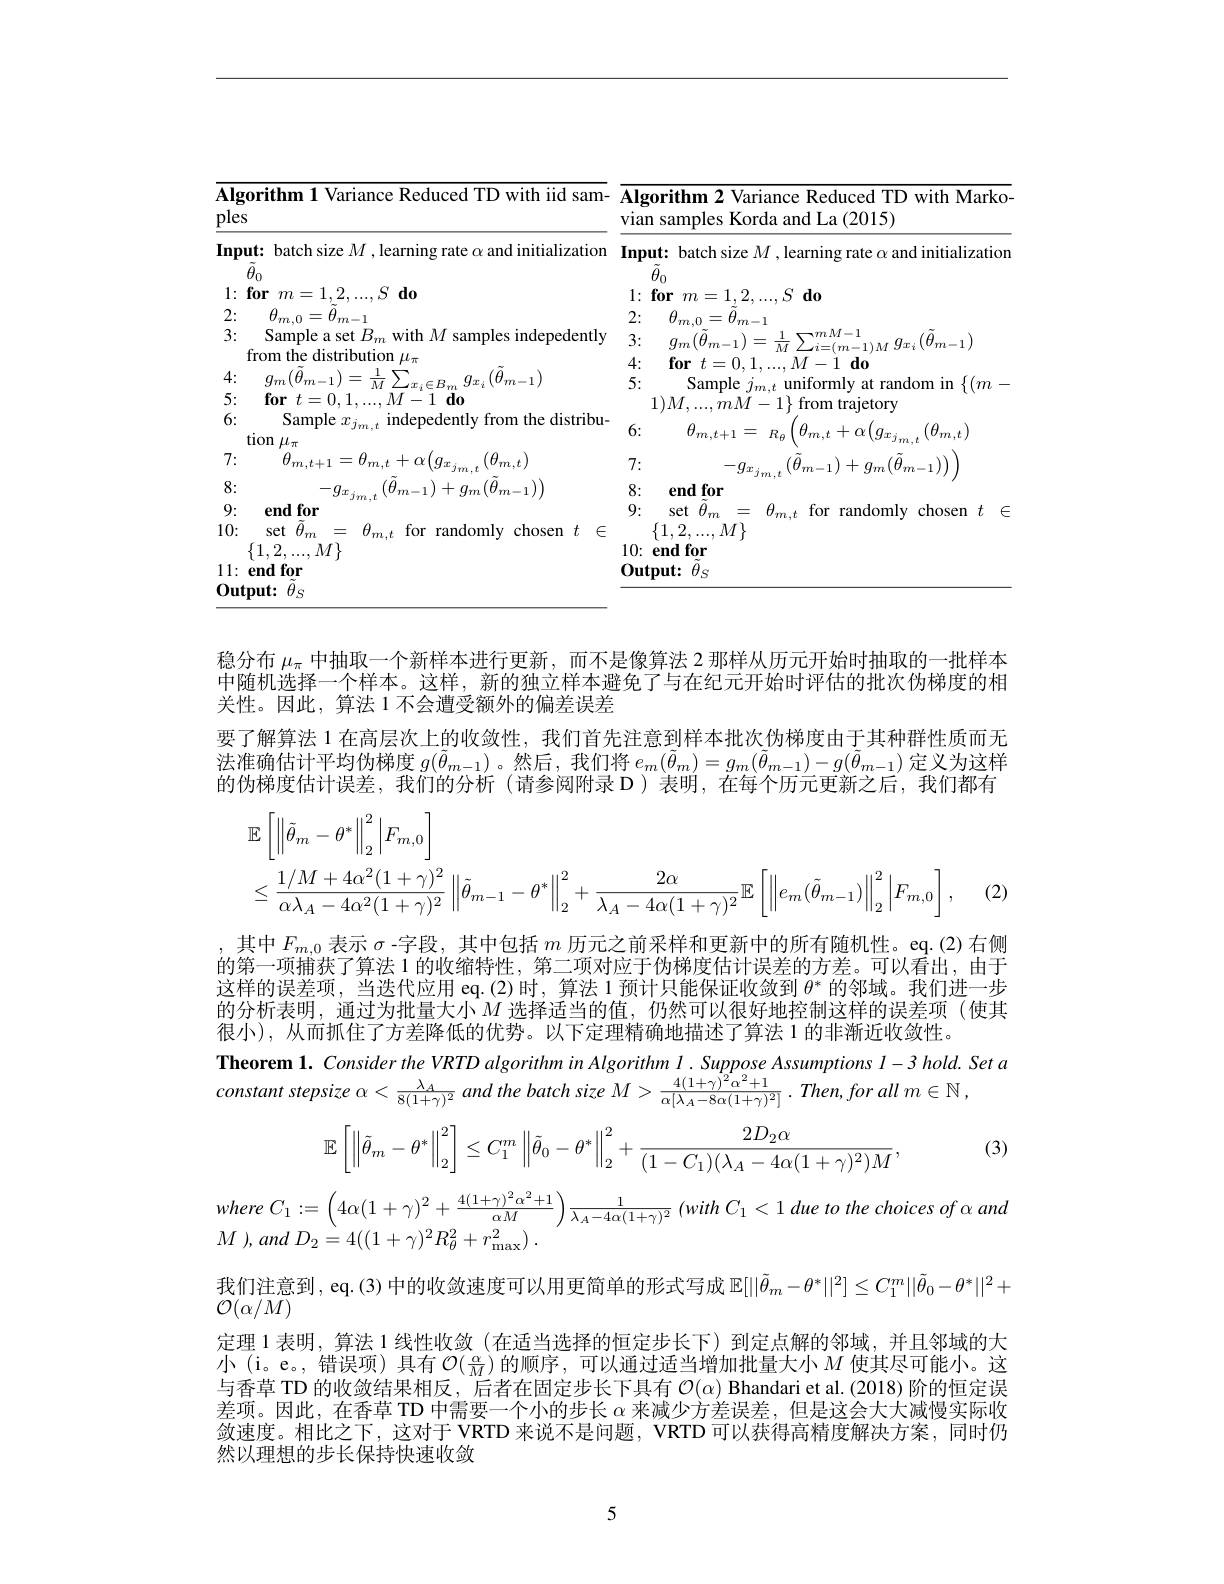
<table>
	<tbody>
		<tr>
			<th>Algorithm 1 Variance Reduced TD with iid sam- ples</th>
			<th>Algorithm 2 Variance Reduced TD with Marko vian samples Korda and La (2015)</th>
		</tr>
		<tr>
			<td>6: Sample $x_{jm,t}$ indepedently from the distribu-</td>
			<td>6: $\theta_{m,t+1}$ = $R_{f}$ $n,t+\alpha(g_{x_{i}}$ $(\theta_{m,t})$</td>
		</tr>
		<tr>
			<td>7: $^{\prime}\theta_{m,t+1}=\theta_{m,t}+\alpha(g_{x_{j_{m,t}}}(\theta_{m,t})$</td>
			<td>7: $-g_{x_{jm}}$ $(\tilde{\theta}_{m-1})+g_{m}(\tilde{\theta}_{m-1}))$</td>
		</tr>
		<tr>
			<td>8: $-g_{x_{jm,t}}$ $_{t}\left(\tilde{\theta}_{m-1}\right)+g_{m}\left(\tilde{\theta}_{m-1}\right)\biggr)$ 9: end for 10: set $\tilde{\theta}_m$ = $\theta_{m,t}$ for randomly chosen $t\in$ $\{1,2,...,M\}$ $11: \textbf{endfor}$</td>
			<td>$\varepsilon_{jm,t}^{(\nu m-1)}$ 8: end for 9: set $\tilde{\theta}_m$ $\theta_{m,t}$ for randomly chosen $t\in$ = $\therefore f$ $\frac{7}{1}$ $\{1,2,...,M\}$ $10: \textbf{endfor}$ $0utput:\tilde{\theta}_{S}$</td>
		</tr>
	</tbody>
</table>

稳分布$\mu_\mathrm{\pi}$中抽取一个新样本进行更新，而不是像算法 2 那样从历元开始时抽取的一批样本中随机选择一个样本。这样，新的独立样本避免了与在纪元开始时评估的批次伪梯度的相关性。因此，算法 1 不会遭受额外的偏差误差
要了解算法 1 在高层次上的收敛性，我们首先注意到样本批次伪梯度由于其种群性质而无法准确估计平均伪梯度$g(\tilde{\theta}_{m-1})$。然后，我们将$e_m(\tilde{\theta}_m)=g_m(\tilde{\theta}_{m-1})-g(\tilde{\theta}_{m-1})$定义为这样的伪梯度估计误差，我们的分析(请参阅附录 D)表明，在每个历元更新之后，我们都有
$$\begin{aligned}&\mathbb{E}\left[\left\|\tilde{\theta}_{m}-\theta^{*}\right\|_{2}^{2}\left|F_{m,0}\right]\right]\\&\leq\frac{1/M+4\alpha^{2}(1+\gamma)^{2}}{\alpha\lambda_{A}-4\alpha^{2}(1+\gamma)^{2}}\left\|\tilde{\theta}_{m-1}-\theta^{*}\right\|_{2}^{2}+\frac{2\alpha}{\lambda_{A}-4\alpha(1+\gamma)^{2}}\mathbb{E}\left[\left\|e_{m}(\tilde{\theta}_{m-1})\right\|_{2}^{2}\left|F_{m,0}\right|\right],\end{aligned}$$
(2)

其中$F_{m,0}$表示 $\sigma$ -字段，其中包括 $m$ 历元之前采样和更新中的所有随机性。eq.(2)右侧的第一项捕获了算法 1 的收缩特性，第二项对应于伪梯度估计误差的方差。可以看出，由于这样的误差项，当迭代应用 eq.(2)时，算法 1 预计只能保证收敛到$\theta^*$的邻域。我们进一步的分析表明，通过为批量大小$^{-}M$ 选择适当的值，仍然可以很好地控制这样的误差项(使其很小),从而抓住了方差降低的优势。以下定理精确地描述了算法 1 的非渐近收敛性。
Theorem 1. Consider the VRTD algorithm in Algorithm I. Suppose Assumptions $I-3$ hold. Set a
constant stepsize $\alpha < \frac {\lambda _{A}}{8( 1+ \gamma ) ^{2}}$ and the batch size $M> \frac {4( 1+ \gamma ) ^{2}\alpha ^{2}+ 1}{\alpha ( \lambda _{A}- 8\alpha ( 1+ \gamma ) ^{2}] }$ . $Then, for$ all $m\in \mathbb{N}$ ,

(3)
$$\mathbb{E}\left[\left\|\tilde{\theta}_m-\theta^*\right\|_2^2\right]\leq C_1^m\left\|\tilde{\theta}_0-\theta^*\right\|_2^2+\frac{2D_2\alpha}{(1-C_1)(\lambda_A-4\alpha(1+\gamma)^2)M},$$
$M$ $) , and$ $D_{2}= 4( ( 1+ \gamma ) ^{2}R_{\theta }^{2}+ r_{\mathrm{max}}^{2})$ .

我们注意到，eq.(3) 中的收敛速度可以用更简单的形式写成$\mathbb{E}[||\tilde{\theta}_m-\theta^*||^2]\leq C_1^m||\tilde{\theta}_0-\theta^*||^2+$
$\mathcal{O}(\alpha/M)$

定理 1 表明，算法 1 线性收敛 (在适当选择的恒定步长下) 到定点解的邻域，并且邻域的大小(i。e。, 错误项) 具有$\mathcal{O}(\frac\alpha M)$的顺序，可以通过适当增加批量大小$M$使其尽可能小。这与香草 TD 的收敛结果相反，后者在固定步长下具有$\mathcal{O}(\alpha)$ Bhandari et al. (2018) 阶的恒定误差项。因此，在香草 TD 中需要一个小的步长$\alpha$来减少方差误差，但是这会大大减慢实际收敛速度。相比之下，这对于 VRTD 来说不是问题，VRTD 可以获得高精度解决方案，同时仍然以理想的步长保持快速收敛

5